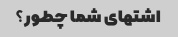
اشتهای شما چطور؟